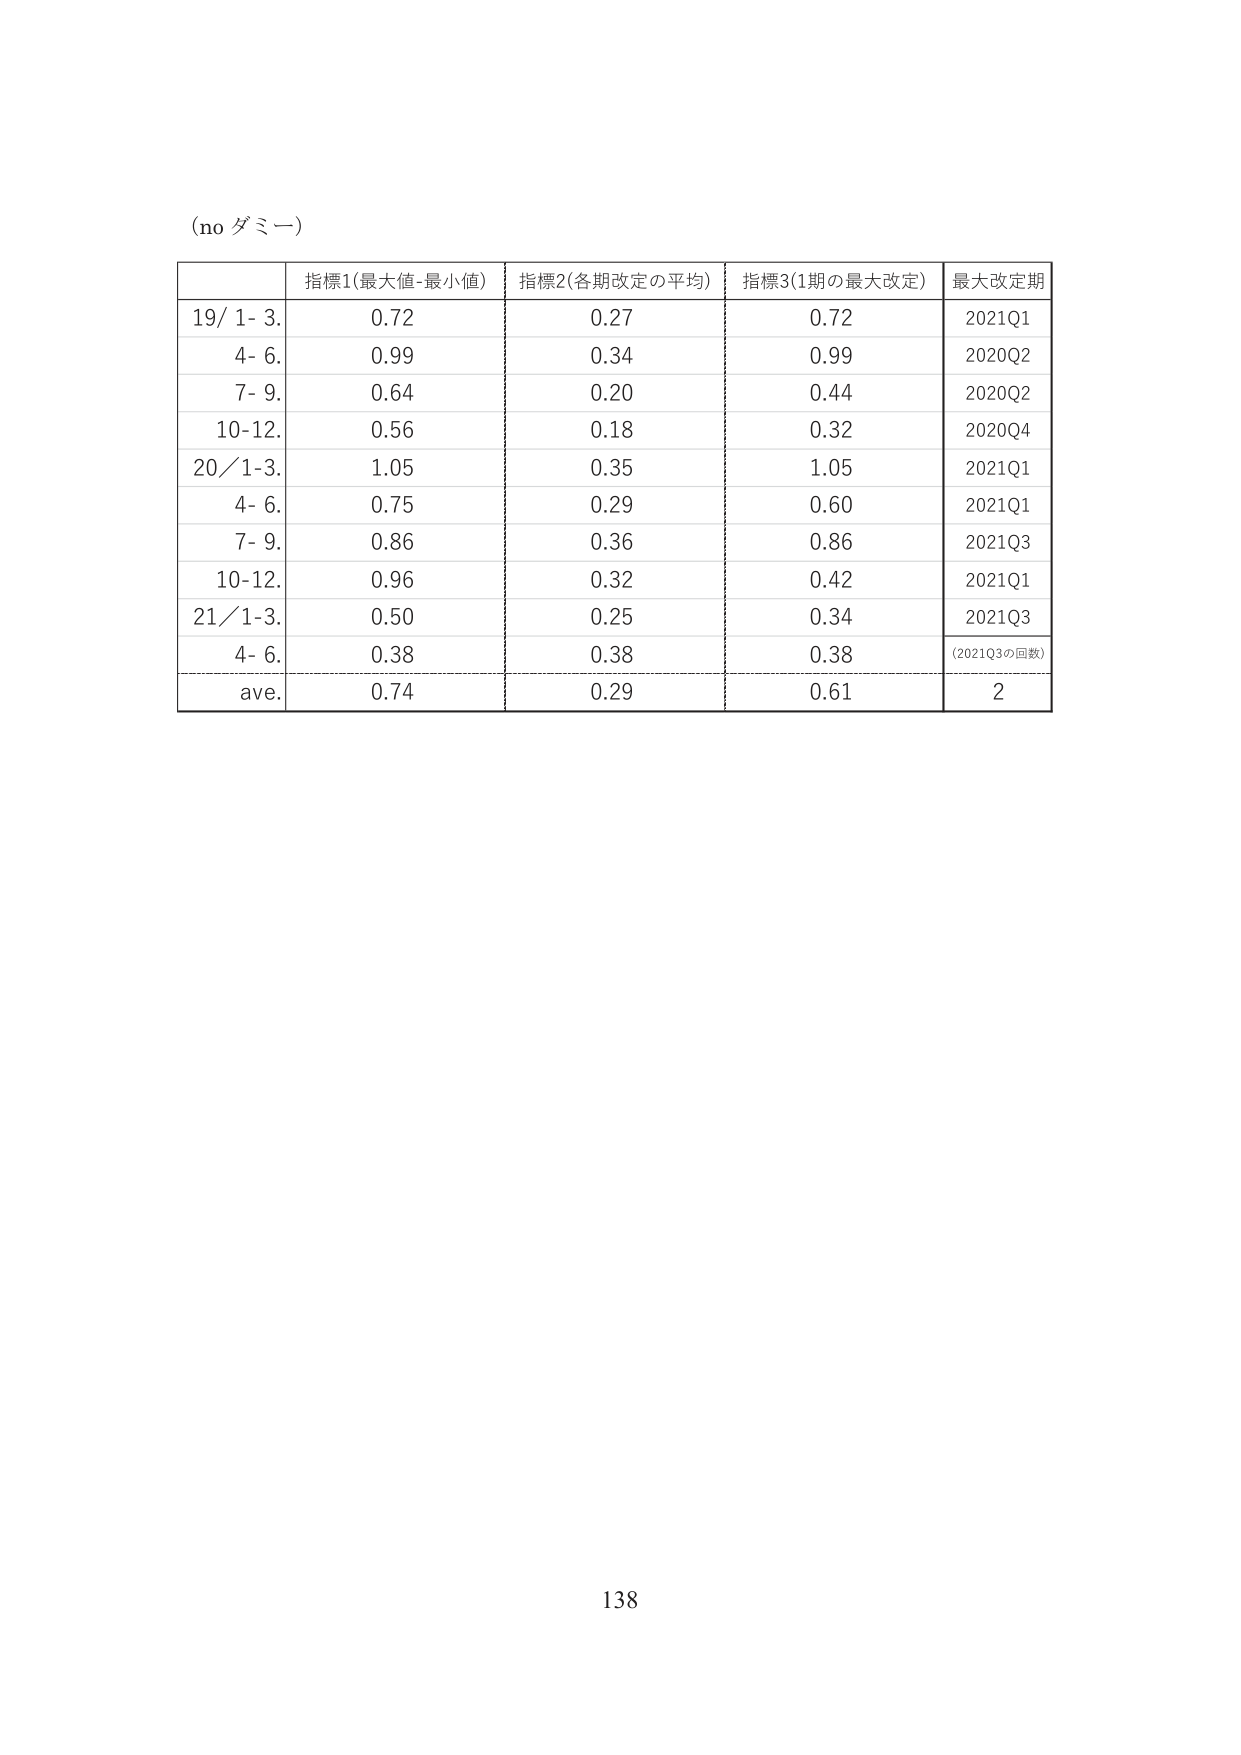
(no ダミー)

指標1(最大値-最小値) 指標2(各期改定の平均) 指標3(1期の最大改定) 最大改定期
19/ 1- 3. 0.72 0.27 0.72 2021Q1
4- 6. 0.99 0.34 0.99 2020Q2
7- 9. 0.64 0.20 0.44 2020Q2
10-12. 0.56 0.18 0.32 2020Q4
20/1-3. 1.05 0.35 1.05 2021Q1
4- 6. 0.75 0.29 0.60 2021Q1
7- 9. 0.86 0.36 0.86 2021Q3
10-12. 0.96 0.32 0.42 2021Q1
21/1-3. 0.50 0.25 0.34 2021Q3
4- 6. 0.38 0.38 0.38 (2021Q3の回数)
ave. 0.74 0.29 0.61 2

138